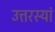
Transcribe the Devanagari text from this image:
उत्तरस्यां